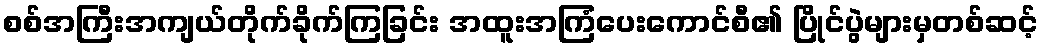
စစ်အကြီးအကျယ်တိုက်ခိုက်ကြခြင်း အထူးအကြံပေးကောင်စီ၏ ပြိုင်ပွဲများမှတစ်ဆင့်